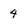
Character: 4